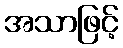
အသာဖြင့်